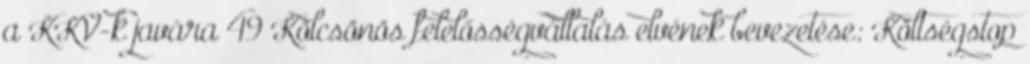
a KKV-k javára 49 Kölcsönös felelősségvállalás elvének bevezetése: Költségstop